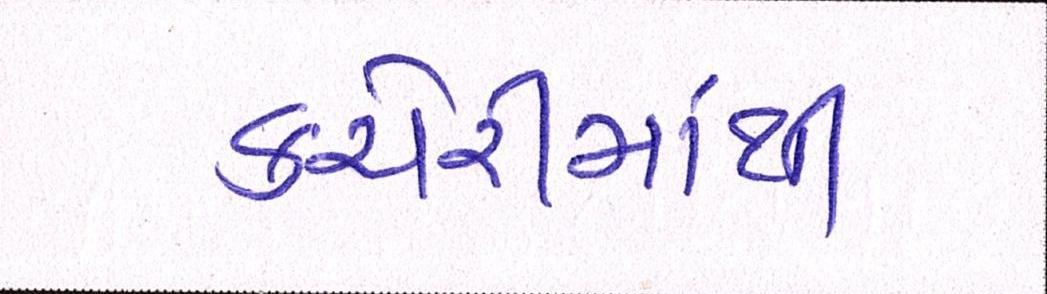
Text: કચેરીમાંથી